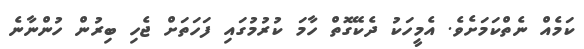
ކަމެއް ނެތްކަމަށެވެ. އެމީހަކު ދެކޭގޮތް ހާމަ ކުރުމުގައި ފަހަތަށް ޖެހި ބިރުން ހުންނާނެ